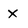
Character: x